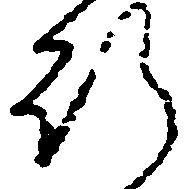
行